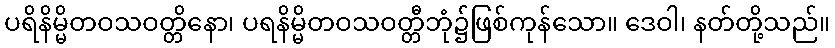
ပရိနိမ္မိတဝသဝတ္တိနော၊ ပရနိမ္မိတဝသဝတ္တီဘုံ၌ဖြစ်ကုန်သော။ ဒေဝါ၊ နတ်တို့သည်။